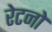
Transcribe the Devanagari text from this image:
रेटनो